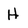
Character: H